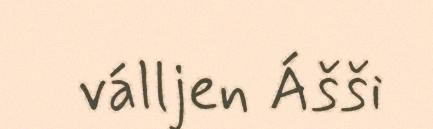
válljen Ášši